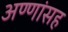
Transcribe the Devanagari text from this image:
अण्णांसह